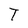
Character: T